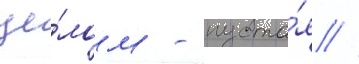
це́лом - пуста́я //